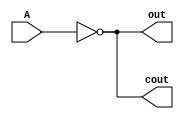
`timescale 1ns / 1ps
//////////////////////////////////////////////////////////////////////////////////
// Company: 
// Engineer: 
// 
// Design Name: 
// Module Name: decrement
// Project Name: 
// Target Devices: 
// Tool Versions: 
// Description: 
// 
// Dependencies: 
// 
// Revision:
// Revision 0.01 - File Created
// Additional Comments:
// 
//////////////////////////////////////////////////////////////////////////////////


module decrement(A, out, cout);
    input A;
    output out, cout;
    
    assign out = A ^ (1'b0) ^ (1'b1);
    assign cout = (~(A ^ (1'b0)) & (1'b1)) | (~A & (1'b0));
endmodule